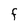
Character: F